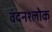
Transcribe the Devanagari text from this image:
वंदनश्लोक